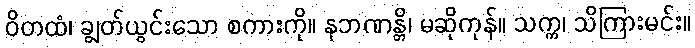
ဝိတထံ၊ ချွတ်ယွင်းသော စကားကို။ နဘဏန္တိ၊ မဆိုကုန်။ သက္က၊ သိကြားမင်း။